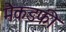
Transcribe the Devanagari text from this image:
मैकडफी